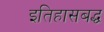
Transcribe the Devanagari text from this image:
इतिहासबद्ध